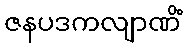
ဇနပဒကလျာဏိံ